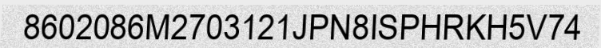
8602086M2703121JPN8ISPHRKH5V74